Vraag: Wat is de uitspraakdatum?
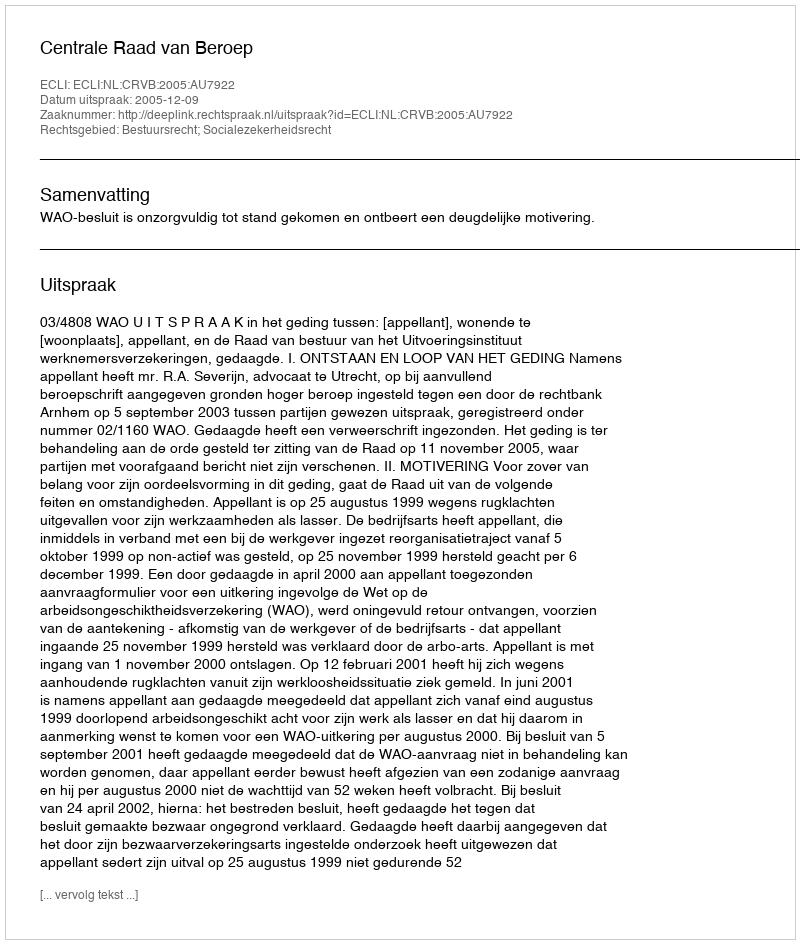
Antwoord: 2005-12-09